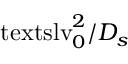
\ensuremath { \mathrm { \ t e x t s l { v } } _ { 0 } } ^ { 2 } / D _ { s }